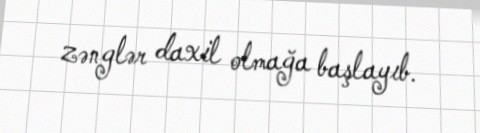
zənglər daxil olmağa başlayıb.